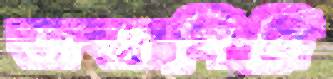
জজগিরি